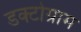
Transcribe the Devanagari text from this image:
डक्टोग्राम